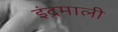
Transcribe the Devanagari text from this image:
इंद्रमाली